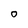
Character: O